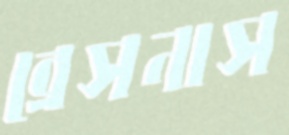
ব্রেসনাস